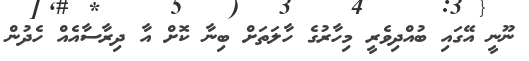
ނޫނީ އޭގައި ބުއްދިވެރީ މިހާރުގެ ހާލަތަށް ބިނާ ކޮށް އާ ދިރާސާއެއް ހެދުން